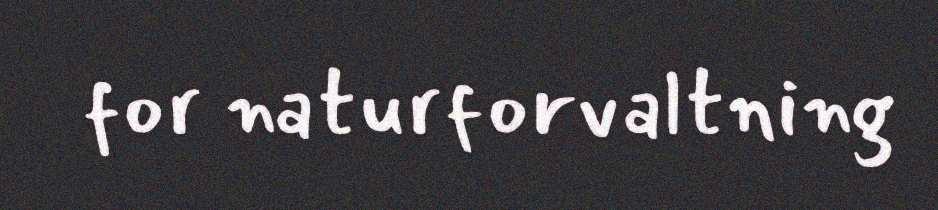
for naturforvaltning